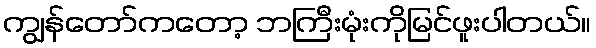
ကျွန်တော်ကတော့ ဘကြီးမုံးကိုမြင်ဖူးပါတယ်။